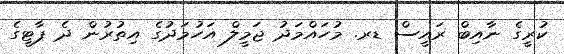
ކުރީގެ ނާއިބް ރައީސް ޑރ. މުހައްމަދު ޖަމީލް އަހުމަދުގެ އިތުރުން ދެ ޕާޓީގެ